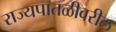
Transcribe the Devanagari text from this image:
राज्यपातळीवरील